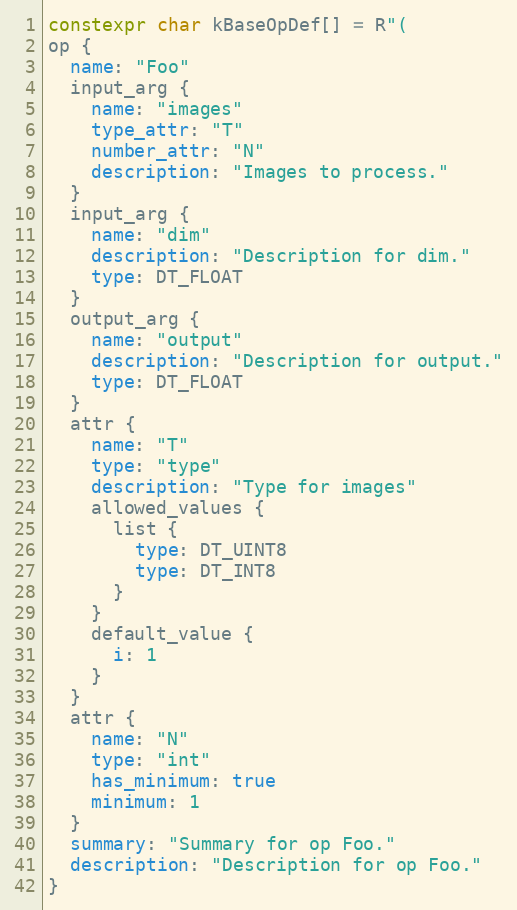
Language: C++
constexpr char kBaseOpDef[] = R"(
op {
  name: "Foo"
  input_arg {
    name: "images"
    type_attr: "T"
    number_attr: "N"
    description: "Images to process."
  }
  input_arg {
    name: "dim"
    description: "Description for dim."
    type: DT_FLOAT
  }
  output_arg {
    name: "output"
    description: "Description for output."
    type: DT_FLOAT
  }
  attr {
    name: "T"
    type: "type"
    description: "Type for images"
    allowed_values {
      list {
        type: DT_UINT8
        type: DT_INT8
      }
    }
    default_value {
      i: 1
    }
  }
  attr {
    name: "N"
    type: "int"
    has_minimum: true
    minimum: 1
  }
  summary: "Summary for op Foo."
  description: "Description for op Foo."
}